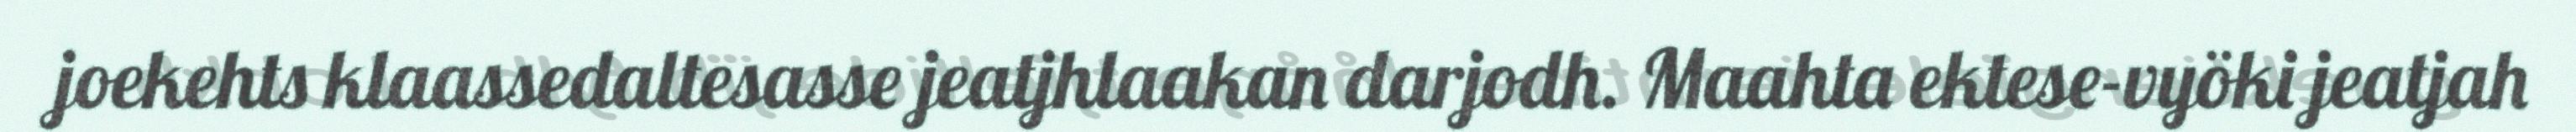
joekehts klaassedaltesasse jeatjhlaakan darjodh. Maahta ektese-vyöki jeatjah